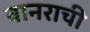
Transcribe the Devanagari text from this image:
वानराची